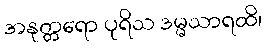
အနုတ္တရော ပုရိသ ဒမ္မသာရထိ၊